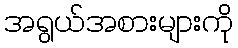
အရွယ်အစားများကို